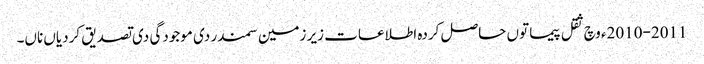
2010-2011ء وچ ثقل پیما تو‏ں حاصل کردہ اطلاعات زیر زمین سمندر دی موجودگی دی تصدیق کردیاں ناں۔